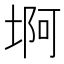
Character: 𱗊